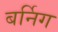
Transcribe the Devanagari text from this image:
बर्निग